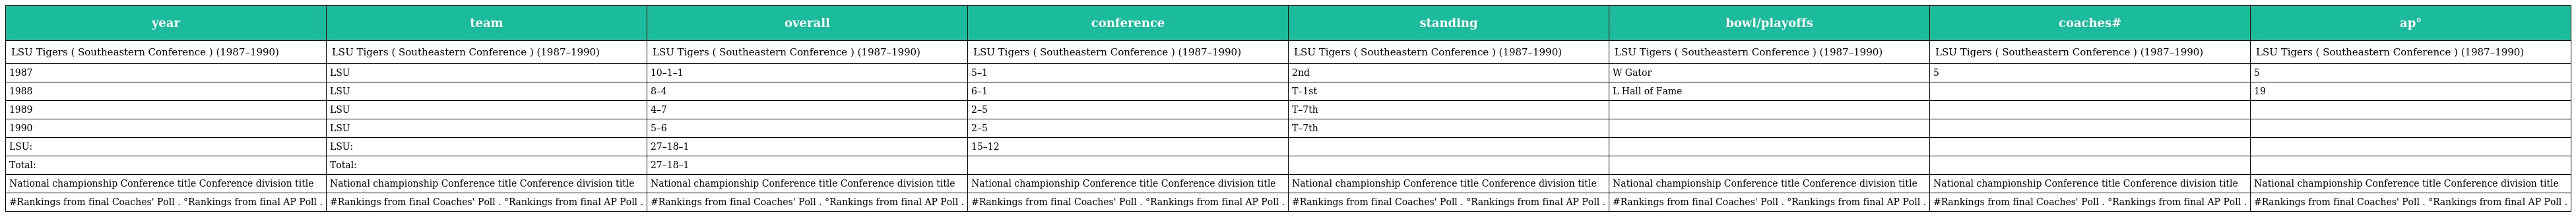
| year | team | overall | conference | standing | bowl/playoffs | coaches# | ap° |
 | --- | --- | --- | --- | --- | --- | --- | --- |
 | LSU Tigers ( Southeastern Conference ) (1987–1990) | LSU Tigers ( Southeastern Conference ) (1987–1990) | LSU Tigers ( Southeastern Conference ) (1987–1990) | LSU Tigers ( Southeastern Conference ) (1987–1990) | LSU Tigers ( Southeastern Conference ) (1987–1990) | LSU Tigers ( Southeastern Conference ) (1987–1990) | LSU Tigers ( Southeastern Conference ) (1987–1990) | LSU Tigers ( Southeastern Conference ) (1987–1990) |
 | 1987 | LSU | 10–1–1 | 5–1 | 2nd | W Gator | 5 | 5 |
 | 1988 | LSU | 8–4 | 6–1 | T–1st | L Hall of Fame |  | 19 |
 | 1989 | LSU | 4–7 | 2–5 | T–7th |  |  |  |
 | 1990 | LSU | 5–6 | 2–5 | T–7th |  |  |  |
 | LSU: | LSU: | 27–18–1 | 15–12 |  |  |  |  |
 | Total: | Total: | 27–18–1 |  |  |  |  |  |
 | National championship Conference title Conference division title | National championship Conference title Conference division title | National championship Conference title Conference division title | National championship Conference title Conference division title | National championship Conference title Conference division title | National championship Conference title Conference division title | National championship Conference title Conference division title | National championship Conference title Conference division title |
 | #Rankings from final Coaches' Poll . °Rankings from final AP Poll . | #Rankings from final Coaches' Poll . °Rankings from final AP Poll . | #Rankings from final Coaches' Poll . °Rankings from final AP Poll . | #Rankings from final Coaches' Poll . °Rankings from final AP Poll . | #Rankings from final Coaches' Poll . °Rankings from final AP Poll . | #Rankings from final Coaches' Poll . °Rankings from final AP Poll . | #Rankings from final Coaches' Poll . °Rankings from final AP Poll . | #Rankings from final Coaches' Poll . °Rankings from final AP Poll . |